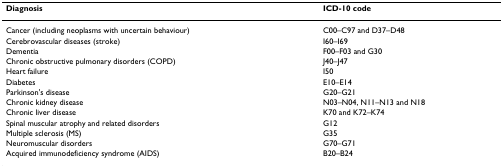
<table><thead><tr><td><b>Diagnosis</b></td><td><b>ICD-10 code</b></td></tr></thead><tbody><tr><td>Cancer (including neoplasms with uncertain behaviour)</td><td>C00–C97 and D37–D48</td></tr><tr><td>Cerebrovascular diseases (stroke)</td><td>I60–I69</td></tr><tr><td>Dementia</td><td>F00–F03 and G30</td></tr><tr><td>Chronic obstructive pulmonary disorders (COPD)</td><td>J40–J47</td></tr><tr><td>Heart failure</td><td>I50</td></tr><tr><td>Diabetes</td><td>E10–E14</td></tr><tr><td>Parkinson&#x27;s disease</td><td>G20–G21</td></tr><tr><td>Chronic kidney disease</td><td>N03–N04, N11–N13 and N18</td></tr><tr><td>Chronic liver disease</td><td>K70 and K72–K74</td></tr><tr><td>Spinal muscular atrophy and related disorders</td><td>G12</td></tr><tr><td>Multiple sclerosis (MS)</td><td>G35</td></tr><tr><td>Neuromuscular disorders</td><td>G70–G71</td></tr><tr><td>Acquired immunodeficiency syndrome (AIDS)</td><td>B20–B24</td></tr></tbody></table>